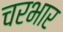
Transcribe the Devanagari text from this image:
चरभार